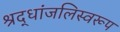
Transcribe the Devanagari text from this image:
श्रद्धांजलिस्वरूप